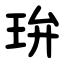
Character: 㺹